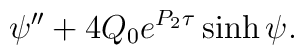
\psi^{\prime \prime}+4Q_0e^{P_2\tau}\sinh \psi.